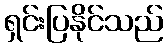
ရှင်းပြနိုင်သည်